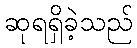
ဆုရရှိခဲ့သည်